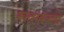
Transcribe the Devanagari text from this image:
खवखवतो